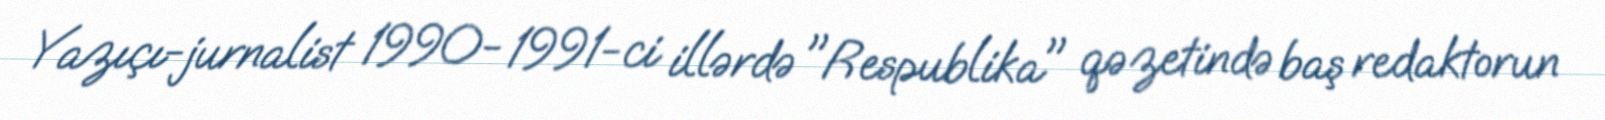
Yazıçı-jurnalist 1990- 1991-ci illərdə "Respublika" qəzetində baş redaktorun